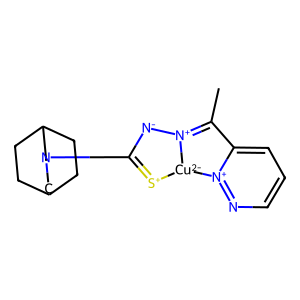
SMILES: CC1=[N+]2[N-]C(N3CC4CCC(CC4)C3)=[S+][Cu-2]2[n+]2ncccc21
Inhibits HIV replication: No